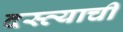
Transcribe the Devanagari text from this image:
दस्त्याची